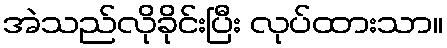
အဲသည်လိုခိုင်းပြီး လုပ်ထားသာ။